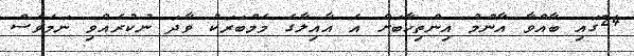
24ގައި ބާއްވާ އާންމު އިންތިހާބަށް އެ އާއިލާގެ މެމްބަރަކު ވާދަ ނުކުރެއްވި ނަމަވެސް